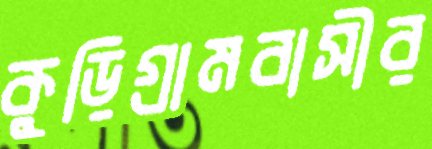
কুড়িগ্রামবাসীর